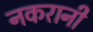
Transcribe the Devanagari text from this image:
नकरानी